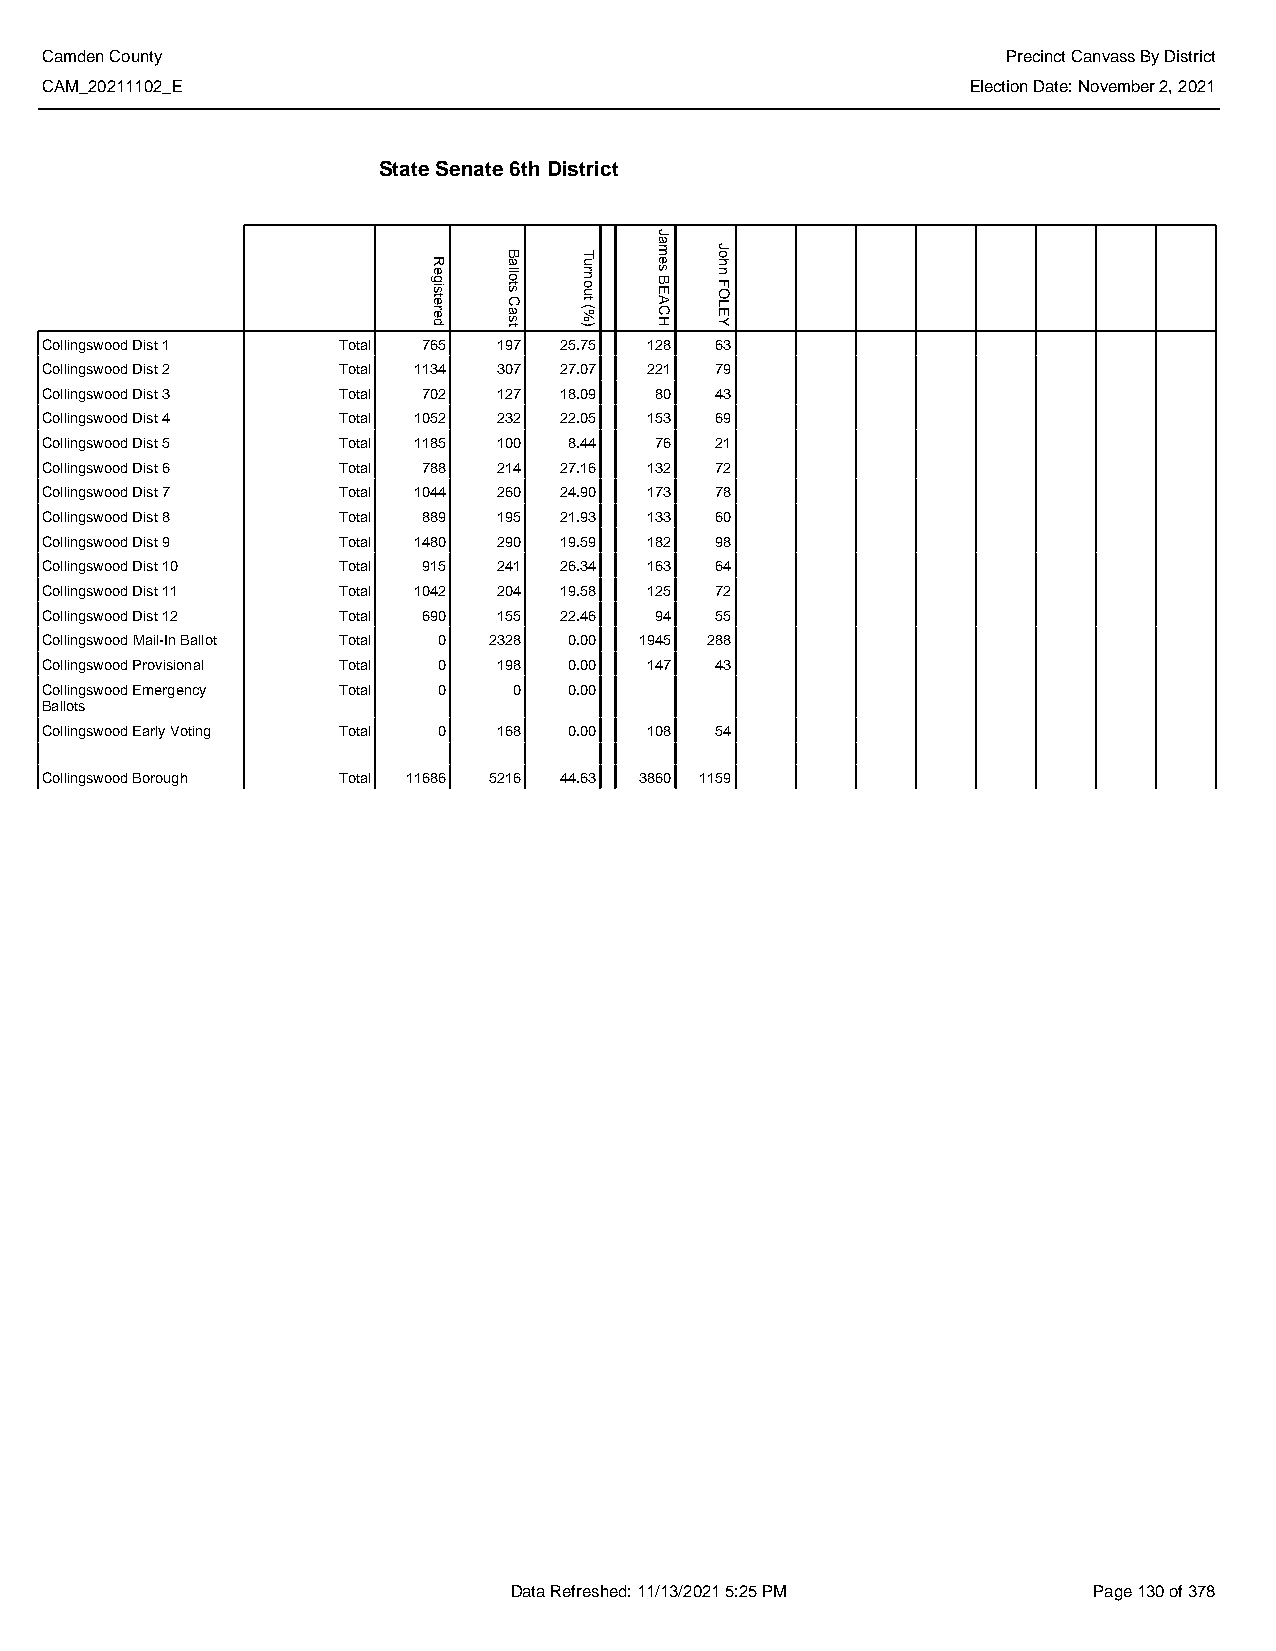
Camden County                                                   Precinct Canvass By District
 CAM_20211102_E                                               Election Date: November 2, 2021
 State Senate 6th District
 Collingswood Dist 1 Total 765 197 25.75 128 63
 Collingswood Dist 2 Total 1134 307 27.07 221 79
 Collingswood Dist 3 Total 702 127 18.09 80  43
 Collingswood Dist 4 Total 1052 232 22.05 153 69
 Collingswood Dist 5 Total 1185 100 8.44 76  21
 Collingswood Dist 6 Total 788 214 27.16 132 72
 Collingswood Dist 7 Total 1044 260 24.90 173 78
 Collingswood Dist 8 Total 889 195 21.93 133 60
 Collingswood Dist 9 Total 1480 290 19.59 182 98
 Collingswood Dist 10 Total 915 241 26.34 163 64
 Collingswood Dist 11 Total 1042 204 19.58 125 72
 Collingswood Dist 12 Total 690 155 22.46 94 55
 Collingswood Mail-In Ballot Total 0 2328 0.00 1945 288
 Collingswood Provisional Total 0 198 0.00 147 43
 Collingswood Emergency Total 0 0   0.00
 Ballots
 Collingswood Early Voting Total 0 168 0.00 108 54
 Collingswood Borough Total 11686 5216 44.63 3860 1159
 Data Refreshed: 11/13/2021 5:25 PM    Page 130 of 378
 Registered
 Ballots
 Cast
 Turnout
 (%)
 James
 BEACH
 John
 FOLEY